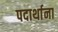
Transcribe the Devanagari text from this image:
पदार्थाना